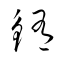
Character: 鮪